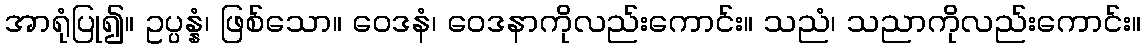
အာရုံပြု၍။ ဥပ္ပန္နံ၊ ဖြစ်သော။ ဝေဒနံ၊ ဝေဒနာကိုလည်းကောင်း။ သညံ၊ သညာကိုလည်းကောင်း။